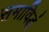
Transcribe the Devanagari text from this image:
समाविद्धं